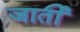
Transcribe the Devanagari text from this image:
जार्ती